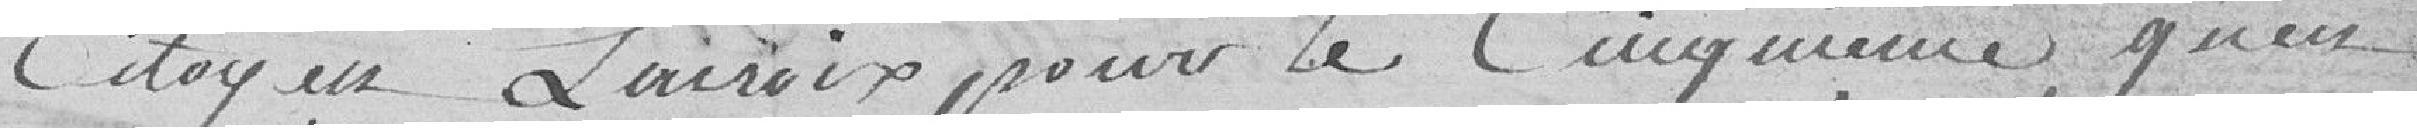
Citoyen Lacroix pour le cinquième qu'en